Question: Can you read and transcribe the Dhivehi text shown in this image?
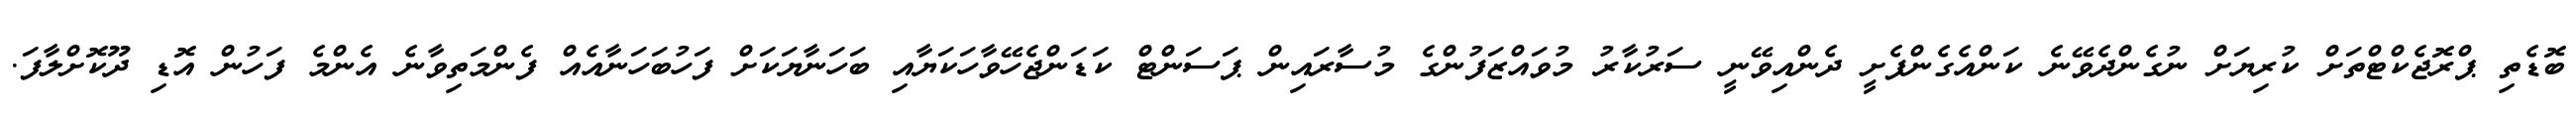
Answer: ބޮޑެތި ޕްރޮޖެކްޓްތަށް ކުރިޔަށް ނުގެންދެވޭނެ ކަންއެގެންފެށީ ދެންއިވޭނީ ސަރުކާރު މުވައްޒަފުންގެ މުސާރައިން ޕަސަންޓް ކަޑަންޖެހޭވާހަކަޔާއި ބަހަނާޔަކަށް ފަހުބަހަނާއެއް ފެންމަތިވާނެ އެންމެ ފަހުން އޮޑި ދޫކޮށްލާފަ.